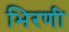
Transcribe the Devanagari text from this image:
भिरणी